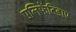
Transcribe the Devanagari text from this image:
एलिफेंटिडाए